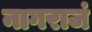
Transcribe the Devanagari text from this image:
नागराजं